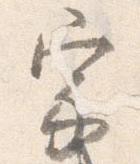
宗